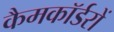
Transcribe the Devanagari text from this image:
कैमकॉर्डरों